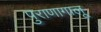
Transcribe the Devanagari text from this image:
पुराणागालू